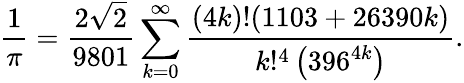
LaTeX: {\frac{1}{\pi}}={\frac{2{\sqrt{2}}}{9801}}\sum_{k=0}^{\infty}{\frac{(4k)!(1103+26390k)}{k!^{4}\left(396^{4k}\right)}}.